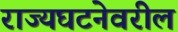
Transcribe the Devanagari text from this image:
राज्यघटनेवरील